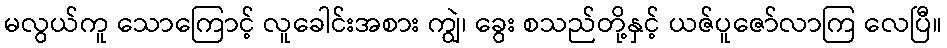
မလွယ်ကူ သောကြောင့် လူခေါင်းအစား ကျွဲ၊ ခွေး စသည်တို့နှင့် ယဇ်ပူဇော်လာကြ လေပြီ။